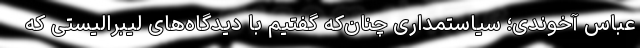
عباس آخوندی؛ سیاستمداری چنان‌که گفتیم با دیدگاه‌های لیبرالیستی که